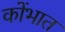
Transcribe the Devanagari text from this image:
कोंभात